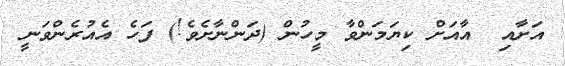
އަށާއި  އާއަށް ކިޔަމަންވާ މީހުން (ދަންނާށެވެ!) ފަހެ އެއުރެންވަނީ